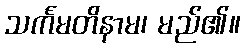
သင်္ကမတိနာမ၊ မည်၏။